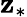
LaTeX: \mathbf{z}_{\ast}